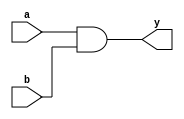
module myand(input a,input b,output y);
	assign y=a&b;
endmodule